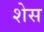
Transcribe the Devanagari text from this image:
शेस